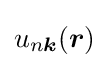
u_{n{\boldsymbol {k}}}({\boldsymbol {r}})